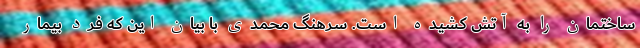
ساختمان را به آتش کشیده است. سرهنگ محمدی با بیان این که فرد بیمار